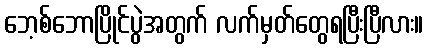
ဘေ့စ်ဘောပြိုင်ပွဲအတွက် လက်မှတ်တွေရပြီးပြီလား။